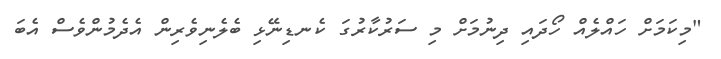
"މިކަމަށް ހައްލެއް ހޯދައި ދިނުމަށް މި ސަރުކާރުގަ ކެނޑިނޭޅި ބެލެނިވެރިން އެދެމުންވެސް އެބަ